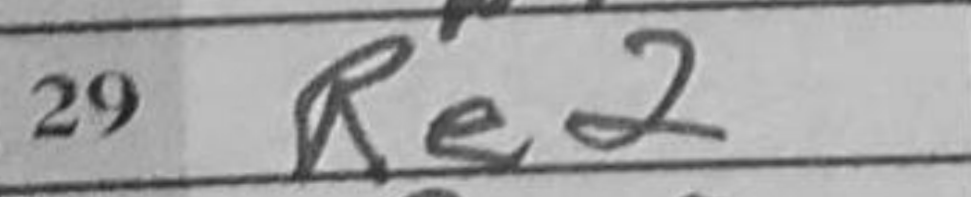
Transcription: Re2